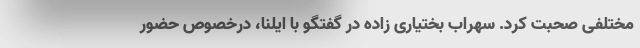
مختلفی صحبت کرد. سهراب بختیاری زاده در گفتگو با ایلنا، درخصوص حضور